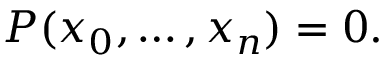
P ( x _ { 0 } , \ldots , x _ { n } ) = 0 .